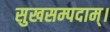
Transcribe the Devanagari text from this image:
सुखसम्पदाम्‌।